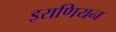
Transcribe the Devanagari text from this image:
इराणियन